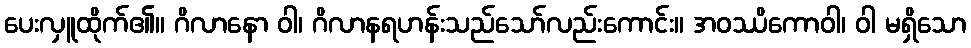
ပေးလှူထိုက်၏။ ဂိလာနော ဝါ၊ ဂိလာနရဟန်းသည်သော်လည်းကောင်း။ အဝဿိကောဝါ၊ ဝါ မရှိသော